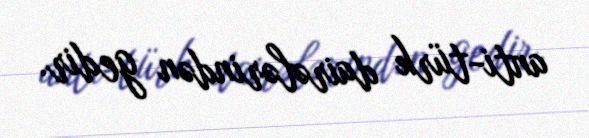
anti-türk dairələrindən gedir.